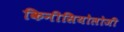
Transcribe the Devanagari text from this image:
किनीसियोलोजी